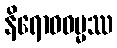
နိရောဓဓမ္မဿ